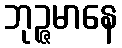
ဘုဉ္ဇမာနေ